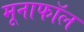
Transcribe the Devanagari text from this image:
मूनाफॉल